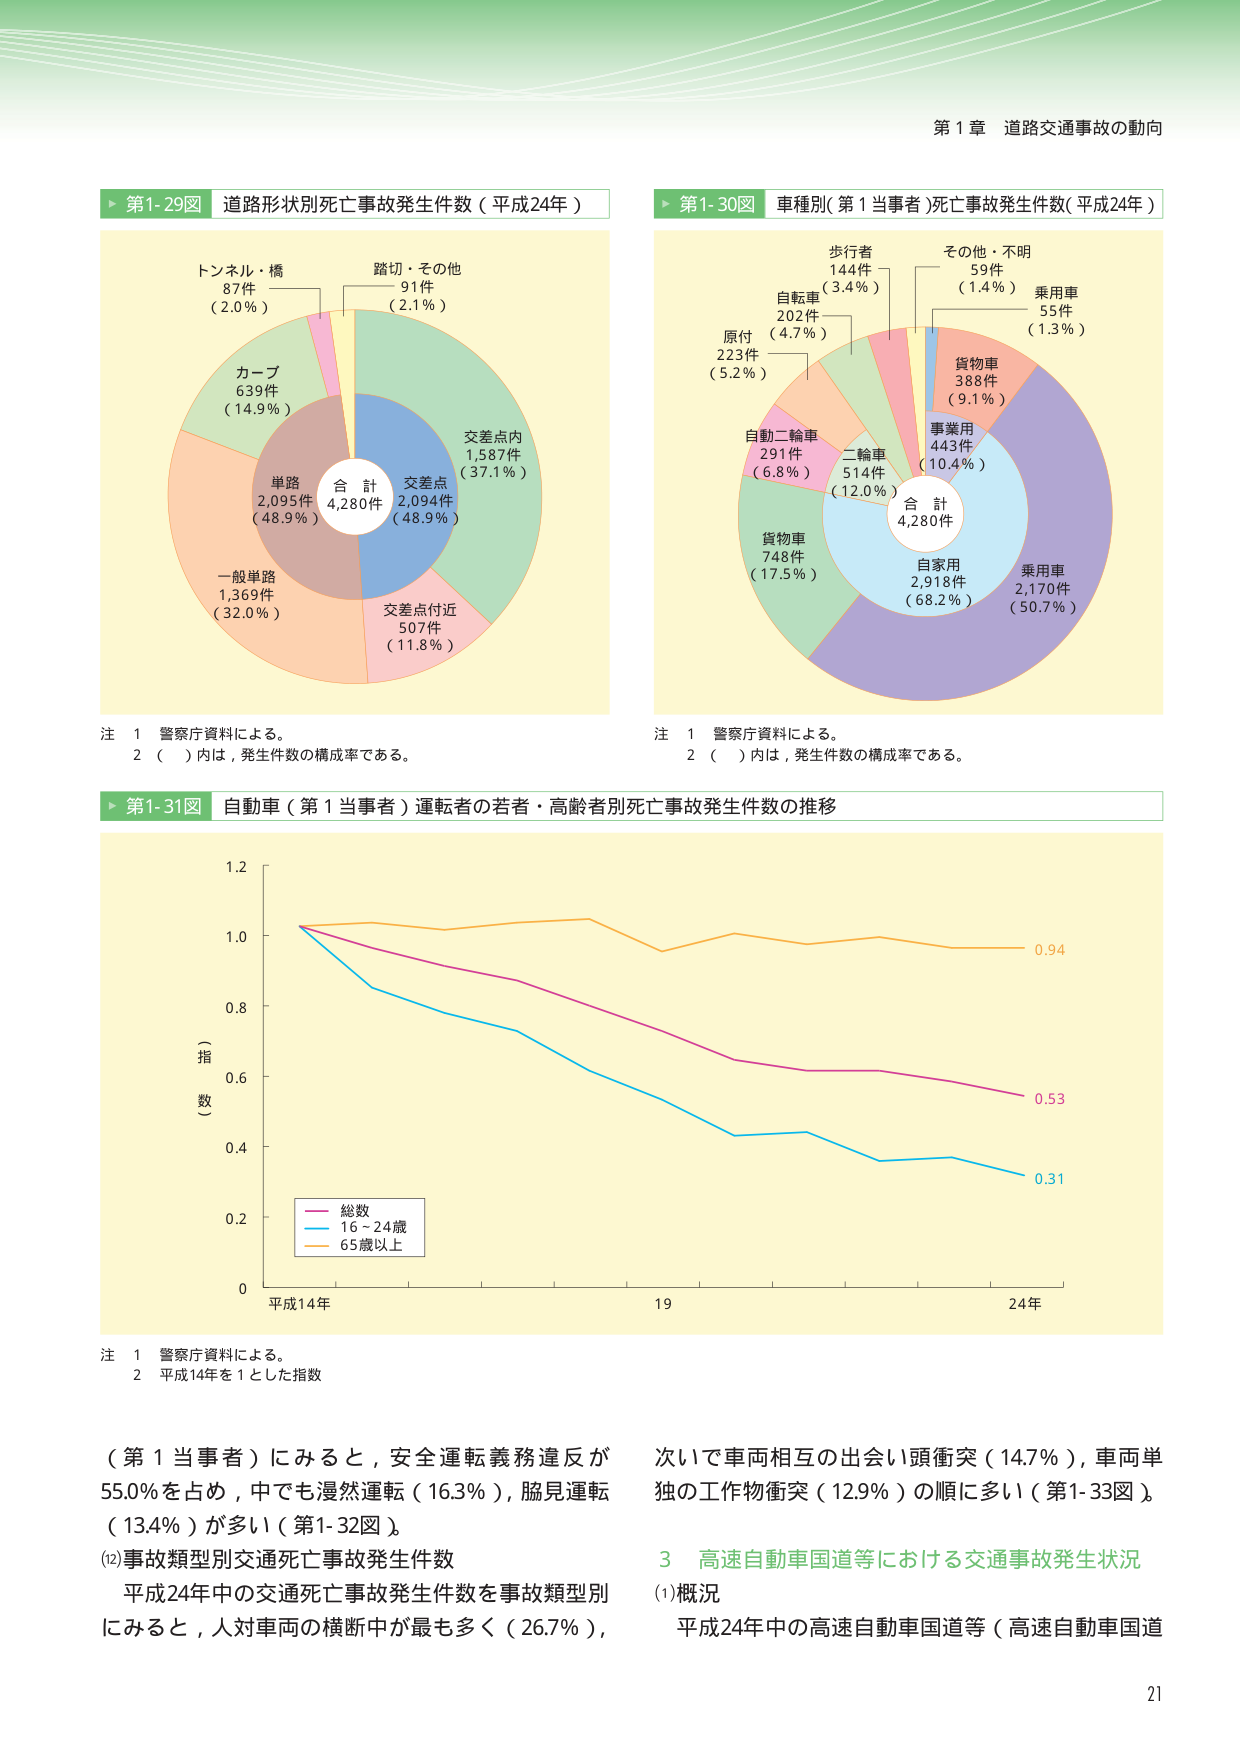
第１章 道路交通事故の動向

▶ 第1-29図 道路形状別死亡事故発生件数（平成24年）

トンネル・橋
87件
（2.0％）

踏切・その他
91件
（2.1％）

カーブ
639件
（14.9％）

単路
2,095件
（48.9％）

一般単路
1,369件
（32.0％）

交差点内
1,587件
（37.1％）

交差点
2,094件
（48.9％）

交差点付近
507件
（11.8％）

合 計
4,280件

注 1 警察庁資料による。
2 （ ）内は，発生件数の構成率である。

▶ 第1-30図 車種別（第1当事者）死亡事故発生件数（平成24年）

歩行者
144件
（3.4％）

自転車
202件
（4.7％）

原付
223件
（5.2％）

自動二輪車
291件
（6.8％）

二輪車
514件
（12.0％）

貨物車
748件
（17.5％）

自家用
2,918件
（68.2％）

乗用車
2,170件
（50.7％）

事業用
443件
（10.4％）

貨物車
388件
（9.1％）

乗用車
55件
（1.3％）

その他・不明
59件
（1.4％）

合 計
4,280件

注 1 警察庁資料による。
2 （ ）内は，発生件数の構成率である。

▶ 第1-31図 自動車（第1当事者）運転者の若者・高齢者別死亡事故発生件数の推移

（指 数）

1.2
1.0
0.8
0.6
0.4
0.2
0

平成14年 19 24年

総数
16～24歳
65歳以上

0.94
0.53
0.31

注 1 警察庁資料による。
2 平成14年を1とした指数

（第1当事者）にみると，安全運転義務違反が
55.0％を占め，中でも漫然運転（16.3％），脇見運転
（13.4％）が多い（第1-32図）。

(12)事故類型別交通死亡事故発生件数
平成24年中の交通死亡事故発生件数を事故類型別
にみると，人対車両の横断中が最も多く（26.7％），
次いで車両相互の出会い頭衝突（14.7％），車両単
独の工作物衝突（12.9％）の順に多い（第1-33図）。

3 高速自動車国道等における交通事故発生状況
(1)概況
平成24年中の高速自動車国道等（高速自動車国道

21